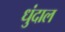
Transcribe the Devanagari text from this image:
धुंदाल